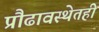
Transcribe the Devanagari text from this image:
प्रौढावस्थेतही